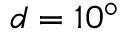
d = 1 0 ^ { \circ }